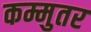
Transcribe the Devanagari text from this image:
कम्मुतर